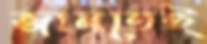
জানতেই